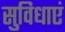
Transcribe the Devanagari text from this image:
सुविधाएं